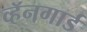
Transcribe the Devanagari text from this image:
व्हॅनगार्ड